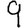
Digit: 9